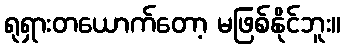
ရုရှားတယောက်တော့ မဖြစ်နိုင်ဘူး။